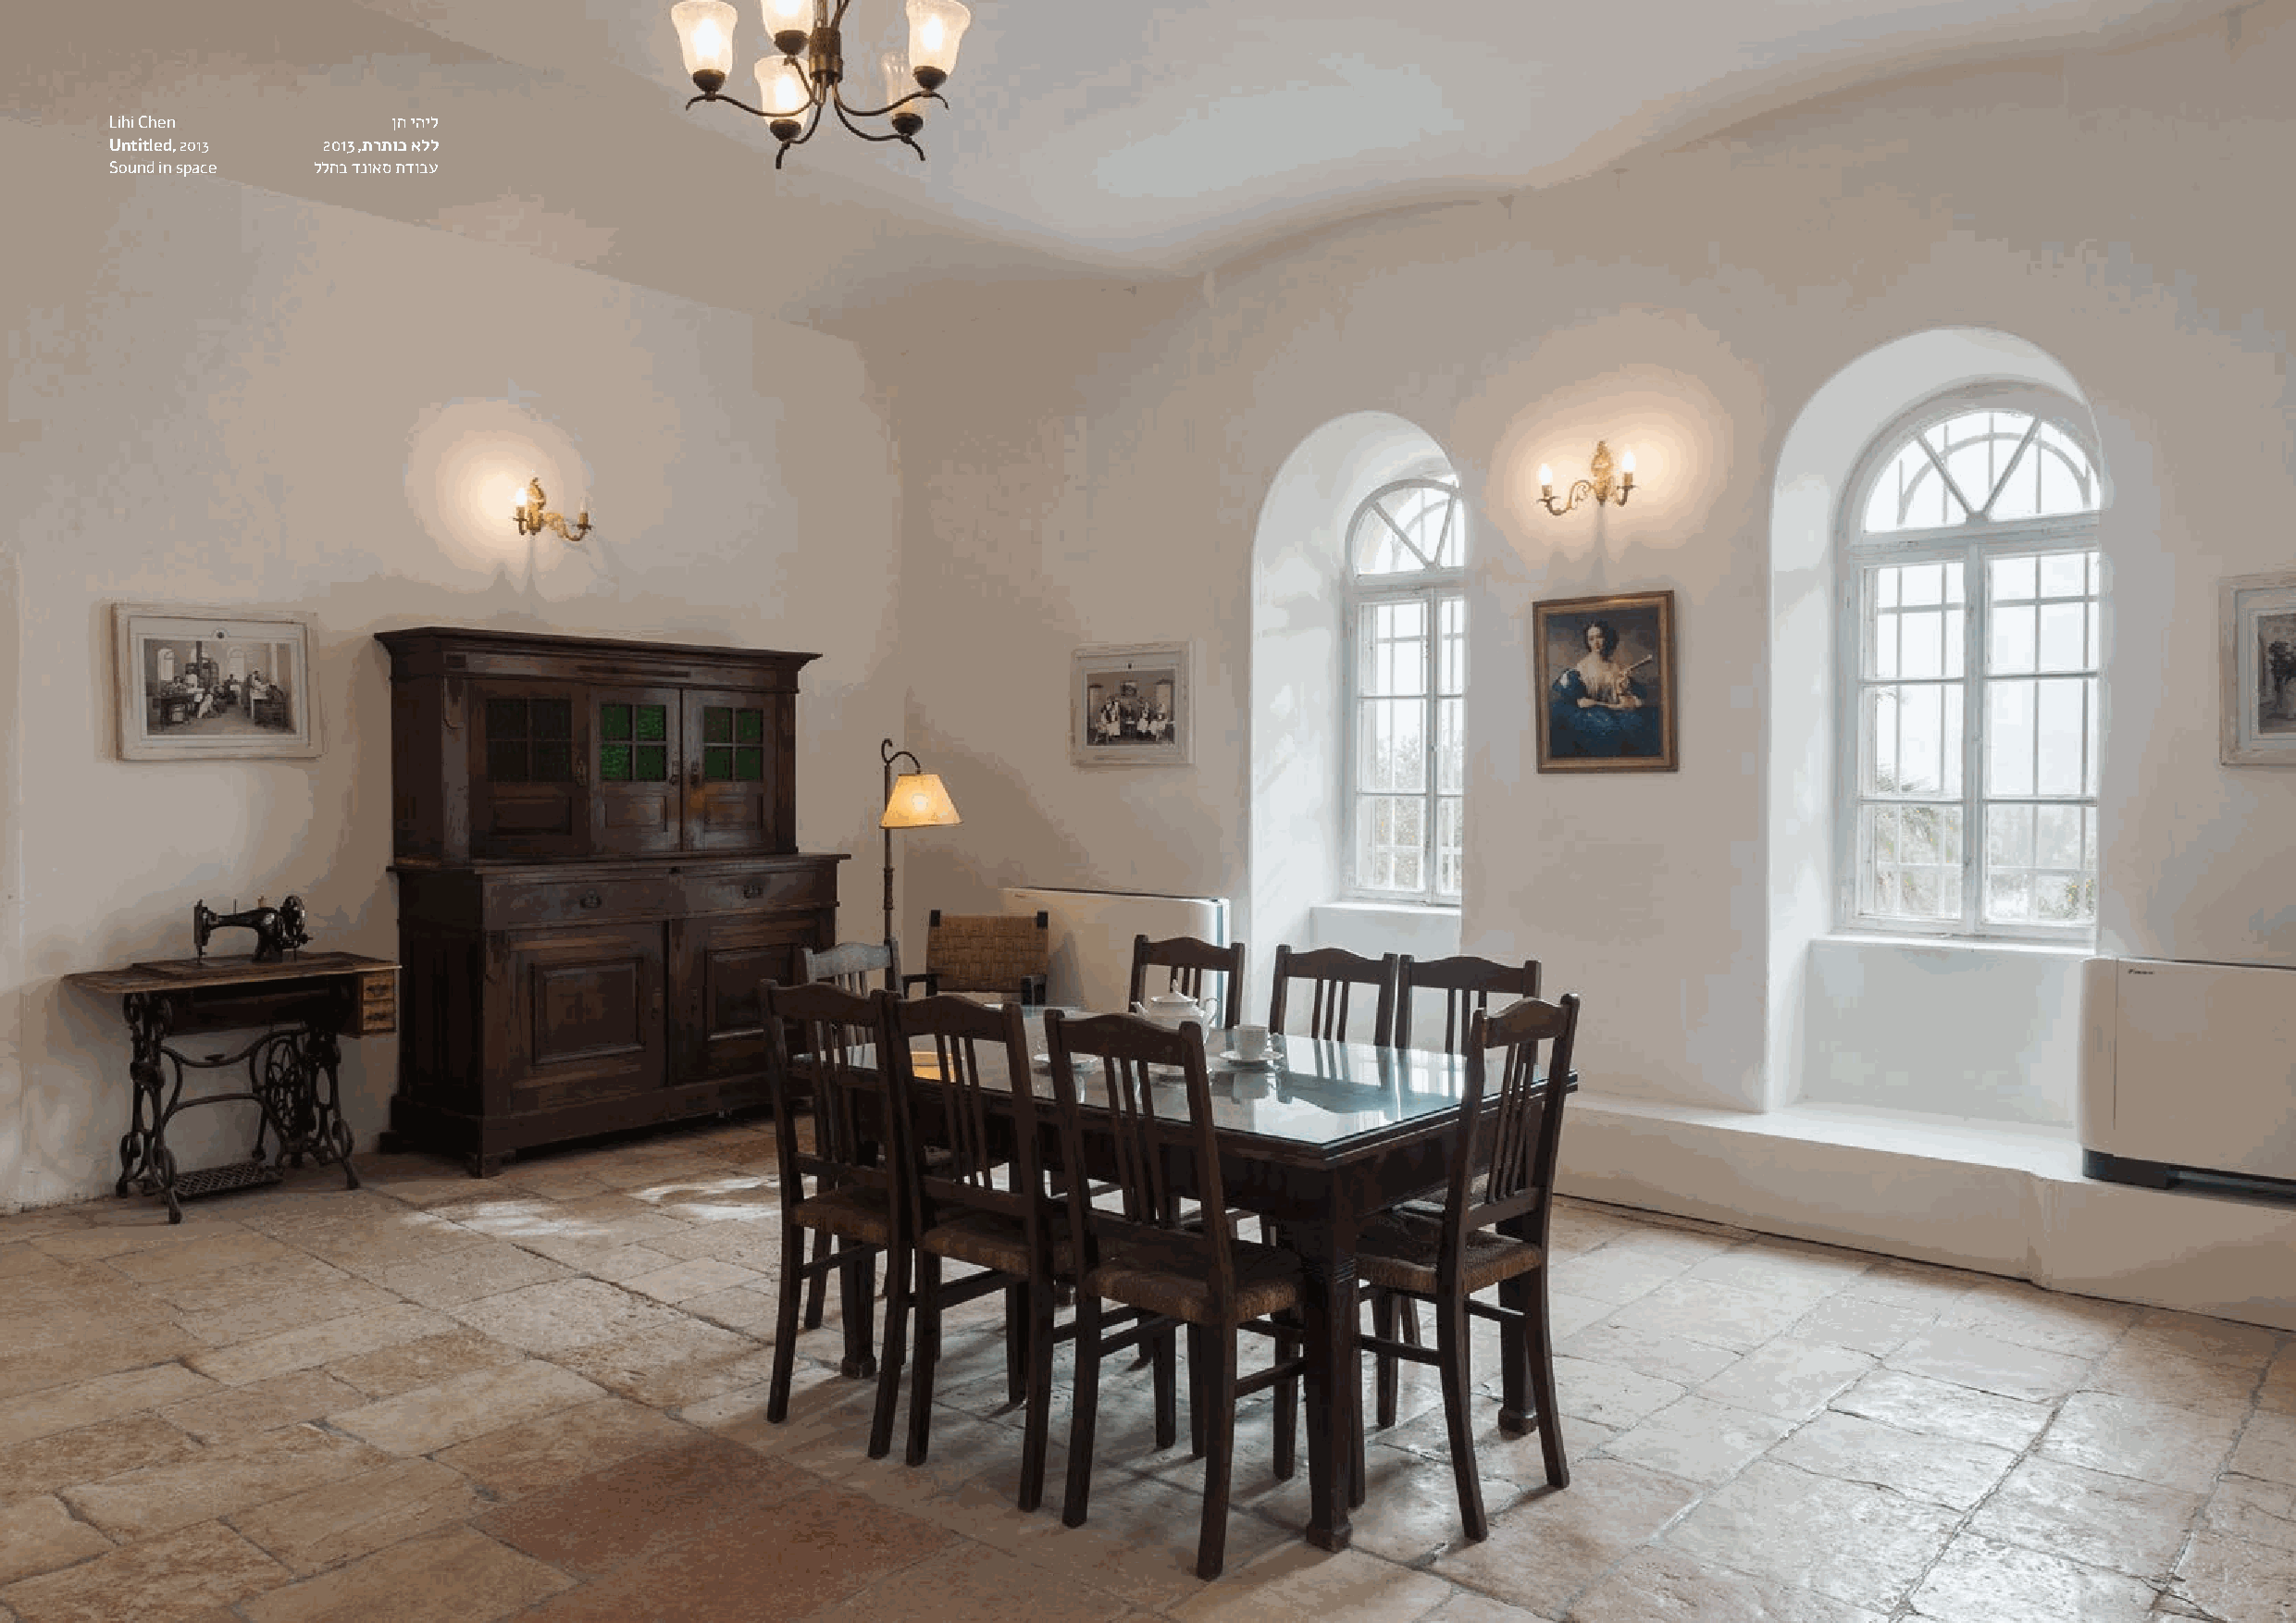
Lihi Chen           ןח יהיל                                                                                                                      ןח יהיל
 Untitled, 2013 2013 ,תרתוכ אלל                                                                                                               2013 ,תרתוכ אלל
 Sound in space ללחב דנואס תדובע                                                                                                             ללחב דנואס תדובע